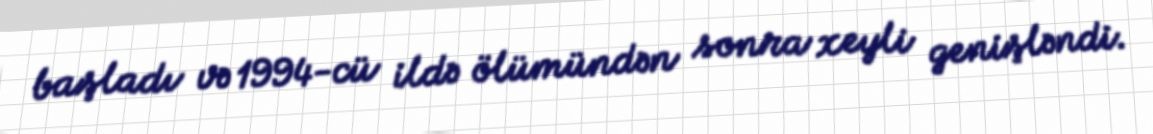
başladı və 1994-cü ildə ölümündən sonra xeyli genişləndi.